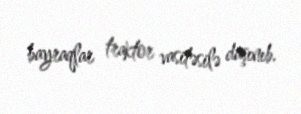
bayraqlar traktor vasitəsilə daşınıb.